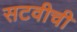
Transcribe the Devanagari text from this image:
सटवीची